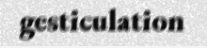
gesticulation